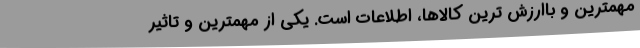
مهمترین و باارزش ترین کالاها، اطلاعات است. یکی از مهمترین و تاثیر